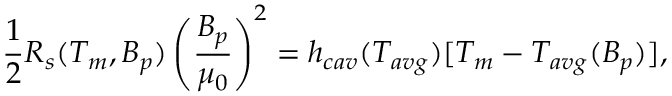
\frac { 1 } { 2 } R _ { s } ( T _ { m } , B _ { p } ) \left( \frac { B _ { p } } { \mu _ { 0 } } \right) ^ { 2 } = h _ { c a v } ( T _ { a v g } ) [ T _ { m } - T _ { a v g } ( B _ { p } ) ] ,